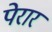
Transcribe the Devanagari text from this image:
पेरार